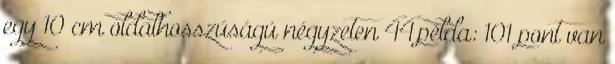
egy 10 cm oldalhosszúságú négyzeten 44.példa: 101 pont van